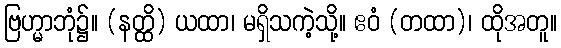
ဗြဟ္မာဘုံ၌။ (နတ္ထိ) ယထာ၊ မရှိသကဲ့သို့။ ဧဝံ (တထာ)၊ ထိုအတူ။